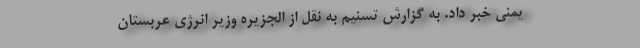
یمنی خبر داد. به گزارش تسنیم به نقل از الجزیره وزیر انرژی عربستان